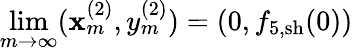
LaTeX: \operatorname*{lim}_{m\rightarrow\infty}(\mathbf{x}_{m}^{(2)},y_{m}^{(2)})=(0,f_{5,\mathrm{{sh}}}(0))